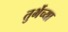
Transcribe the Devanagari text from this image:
तुर्भेच्या